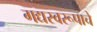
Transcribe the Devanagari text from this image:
गद्यस्वरूपाचे